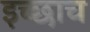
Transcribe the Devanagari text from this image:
इच्छाच